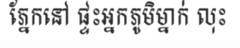
ភ្នែកនៅ ផ្ទះអ្នកភូមិម្នាក់ លុះ